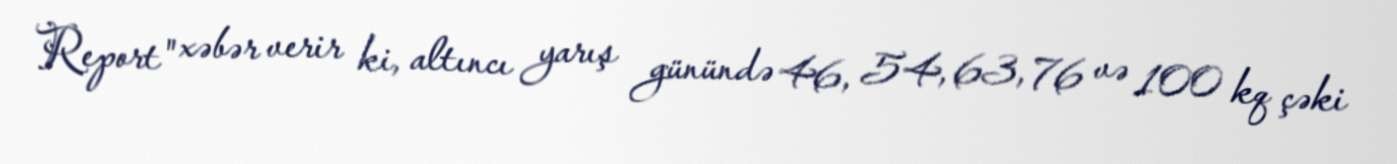
Report" xəbər verir ki, altıncı yarış günündə 46, 54, 63, 76 və 100 kq çəki